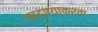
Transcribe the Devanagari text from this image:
काढण्याकरता